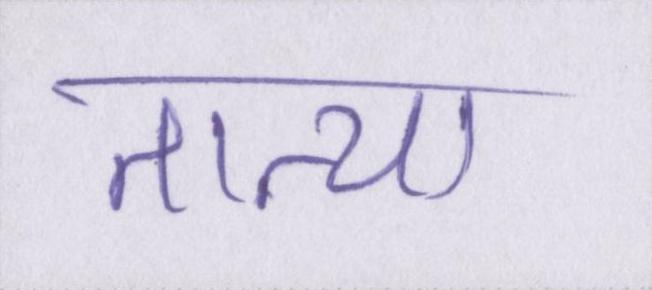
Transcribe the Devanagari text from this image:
तात्या